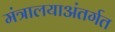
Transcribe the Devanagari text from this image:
मंत्रालयाअंतर्गत